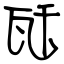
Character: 瓩